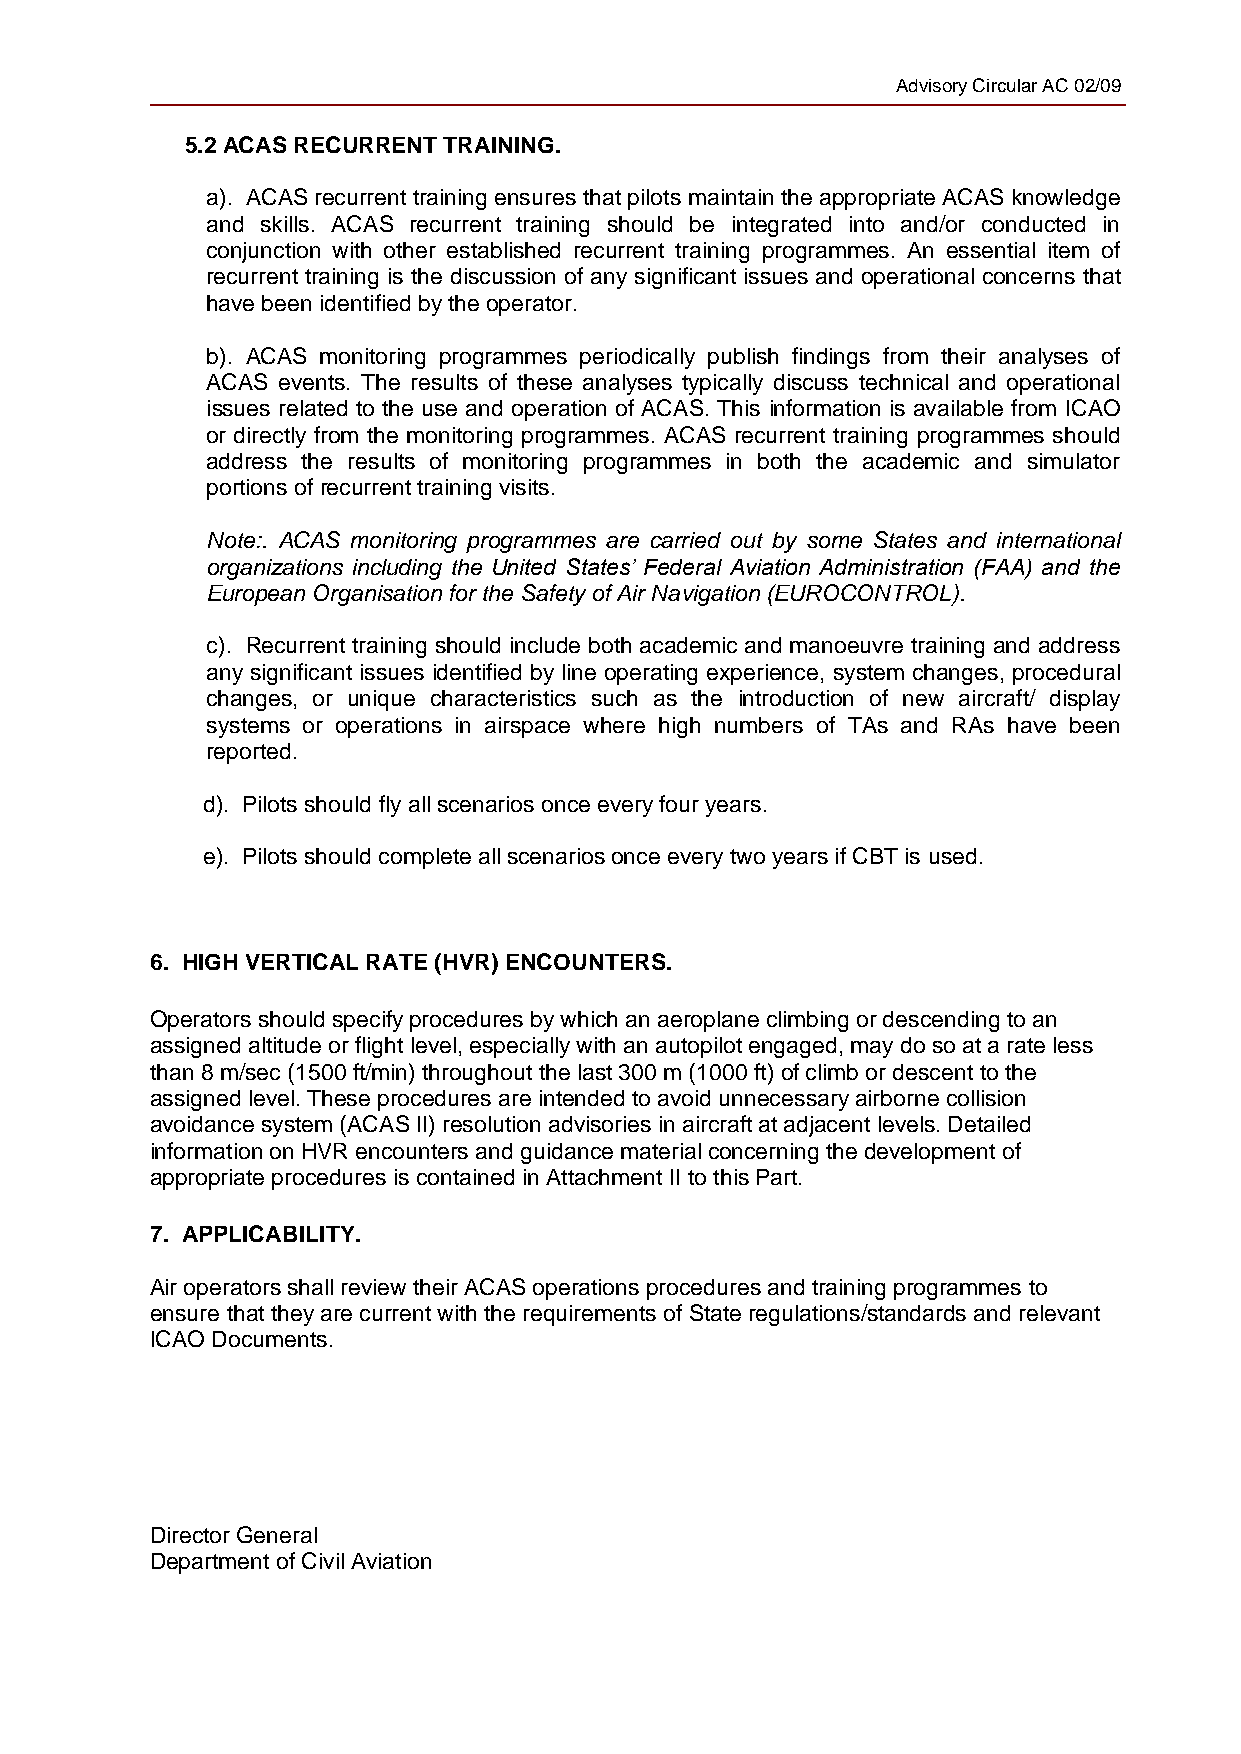
Advisory Circular AC 02/09
 5.2 ACAS RECURRENT TRAINING.
 a). ACAS recurrent training ensures that pilots maintain the appropriate ACAS knowledge
 and skills. ACAS recurrent training should be integrated into and/or conducted in
 conjunction with other established recurrent training programmes. An essential item of
 recurrent training is the discussion of any significant issues and operational concerns that
 have been identified by the operator.
 b). ACAS monitoring programmes periodically publish findings from their analyses of
 ACAS events. The results of these analyses typically discuss technical and operational
 issues related to the use and operation of ACAS. This information is available from ICAO
 or directly from the monitoring programmes. ACAS recurrent training programmes should
 address the results of monitoring programmes in both the academic and simulator
 portions of recurrent training visits.
 Note:. ACAS monitoring programmes are carried out by some States and international
 organizations including the United States’ Federal Aviation Administration (FAA) and the
 European Organisation for the Safety of Air Navigation (EUROCONTROL).
 c). Recurrent training should include both academic and manoeuvre training and address
 any significant issues identified by line operating experience, system changes, procedural
 changes, or unique characteristics such as the introduction of new aircraft/ display
 systems or operations in airspace where high numbers of TAs and RAs have been
 reported.
 d). Pilots should fly all scenarios once every four years.
 e). Pilots should complete all scenarios once every two years if CBT is used.
 6. HIGH VERTICAL RATE (HVR) ENCOUNTERS.
 Operators should specify procedures by which an aeroplane climbing or descending to an
 assigned altitude or flight level, especially with an autopilot engaged, may do so at a rate less
 than 8 m/sec (1500 ft/min) throughout the last 300 m (1000 ft) of climb or descent to the
 assigned level. These procedures are intended to avoid unnecessary airborne collision
 avoidance system (ACAS II) resolution advisories in aircraft at adjacent levels. Detailed
 information on HVR encounters and guidance material concerning the development of
 appropriate procedures is contained in Attachment II to this Part.
 7. APPLICABILITY.
 Air operators shall review their ACAS operations procedures and training programmes to
 ensure that they are current with the requirements of State regulations/standards and relevant
 ICAO Documents.
 Director General
 Department of Civil Aviation